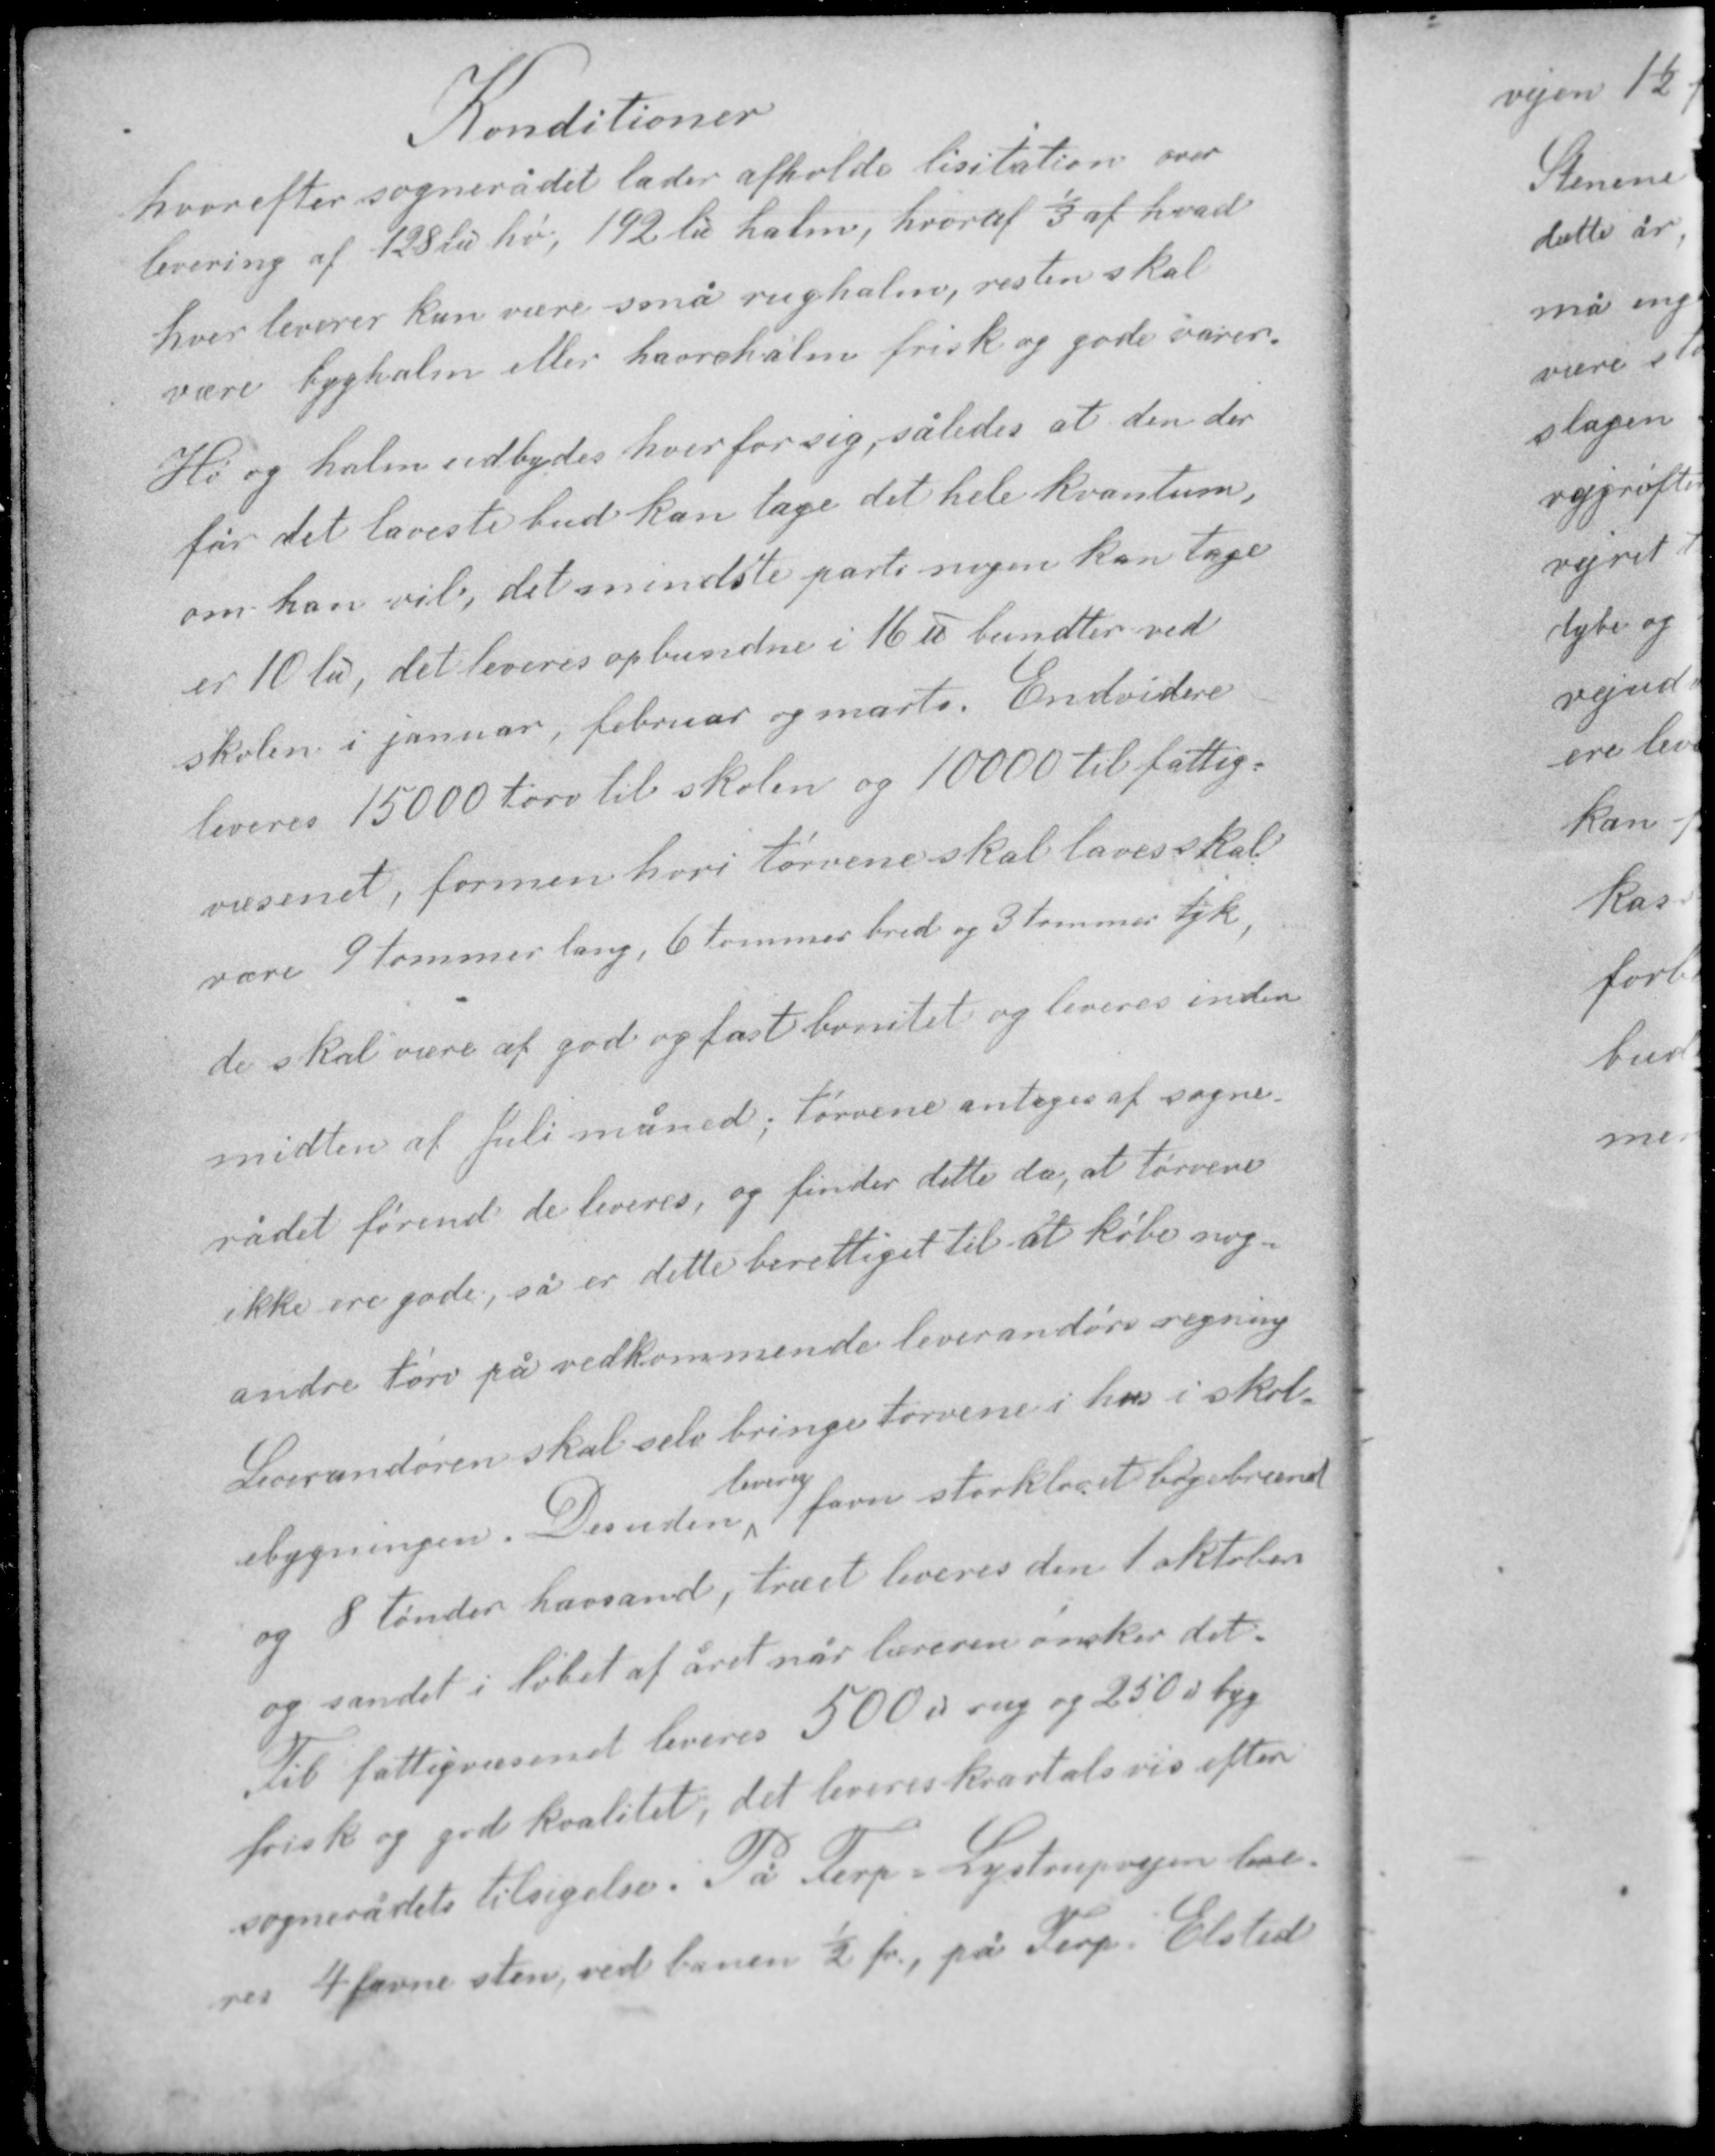
Transskription:
Konditioner
hvorefter sognerådet lader afholde lisitation over
levering af 128 ℔ hø, 192 ℔ halm, hvoraf 1/3 af hvad
hver leverer kan være små rughalm, resten skal
være byghalm eller havrehalm frisk og gode varer.

Hø og halm udbydes hver for sig, således at den der
får det laveste bud kan tage det hele kvantum,
om han vil, det mindste parti nogen kan tage
er 10 ℔, det leveres opbundne i 16 ℔ bundter ved
skolen i januar, februar og marts. Endvidere
leveres 15000 tørv til skolen og 10000 til fattig-
væsenet, formen hvri tørvene skal laves skal
være 9 tommer lang, 6 tommer bred og 3 tommer tyk,

de skal være af god og fast bonitet og leveres inden
midten af Juli måned; tørvene antages af sogne-
rådet førend de leveres, og finder dette da, at tørvene
ikke ere gode, så er dette berettiget til at købe nogen
andre tørv på vedkommende leverandørs regning
Leverandøren skal selv bringe tørvene i hus i skol-
leveres
ebygningen. Desuden 1 favn storkløvet bøgebrænde
og 8 tønder havsand, træet leveres den 1 oktober

og sandet i løbet af året når læreren ønsker det.
Til fattigvæsenet leveres 500 ℔ rug og 250 ℔ byg
frisk og god kvalitet, det leveres kvartalsvis efter
sognerådets tilsigelse. På Terp - Lystrupvejen leve-
res 4 favne sten, ved banen ½ fv, på Terp - Elsted